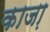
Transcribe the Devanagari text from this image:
काजा़